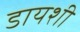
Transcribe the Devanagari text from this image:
डायशी